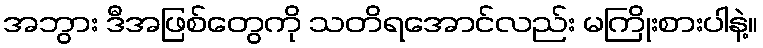
အဘွား ဒီအဖြစ်တွေကို သတိရအောင်လည်း မကြိုးစားပါနဲ့။